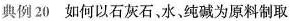
典例20如何以石灰石水，纯碱为原料制取